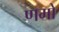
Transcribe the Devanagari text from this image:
णमो